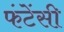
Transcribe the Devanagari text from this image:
फंटेंसी